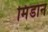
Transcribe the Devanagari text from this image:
मिंडान